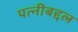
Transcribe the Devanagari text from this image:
पत्नीबद्दल